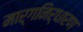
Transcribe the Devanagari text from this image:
मार्गनिर्धारण